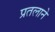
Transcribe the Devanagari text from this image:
प्रतलाने